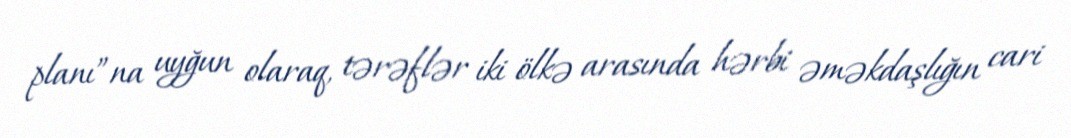
planı”na uyğun olaraq, tərəflər iki ölkə arasında hərbi əməkdaşlığın cari